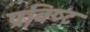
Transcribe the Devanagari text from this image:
प्रविष्‍ट